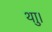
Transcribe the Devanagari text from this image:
थाु।